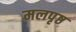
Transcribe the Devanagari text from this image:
मलपृष्ठ